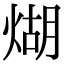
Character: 煳